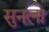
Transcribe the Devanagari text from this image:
सुनलो